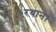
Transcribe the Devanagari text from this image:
रयान।